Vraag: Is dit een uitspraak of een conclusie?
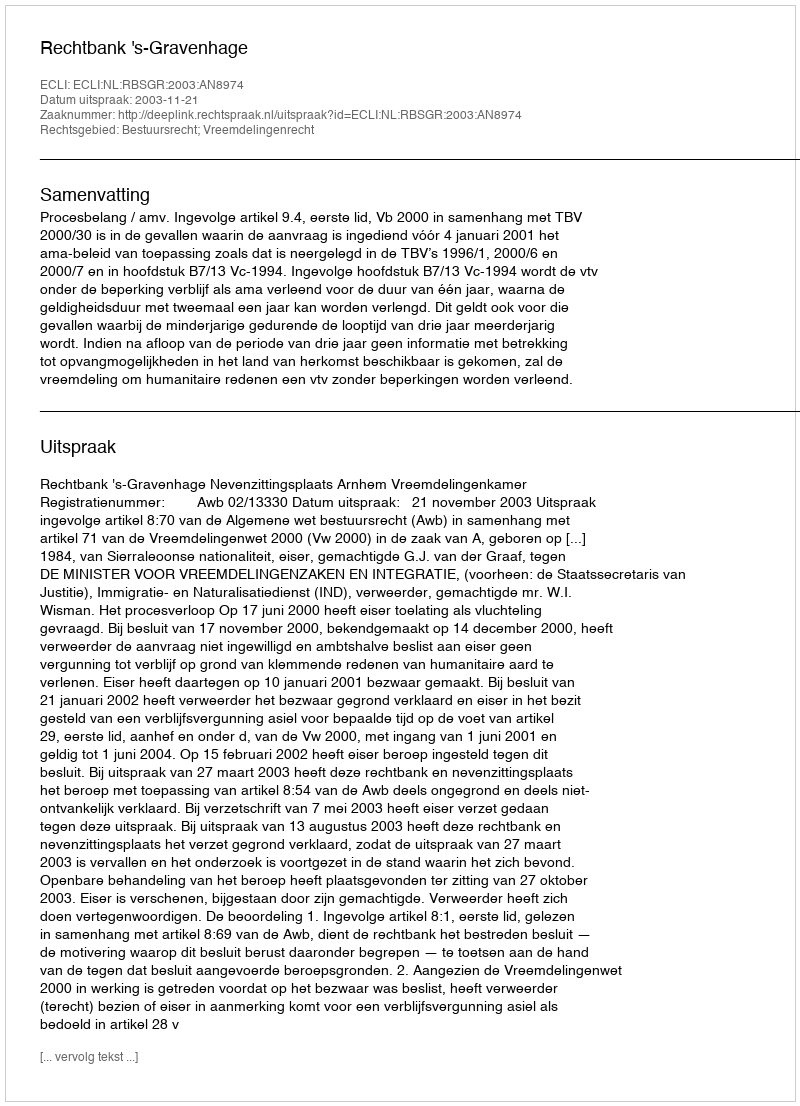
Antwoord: Uitspraak